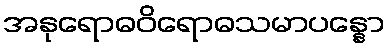
အနုရောဓဝိရောဓသမာပန္နော